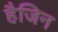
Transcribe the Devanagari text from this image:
हैजिन